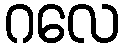
ဂလေ